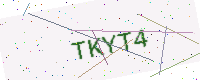
Text: TKYT4